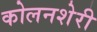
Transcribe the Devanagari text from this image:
कोलनशेरी